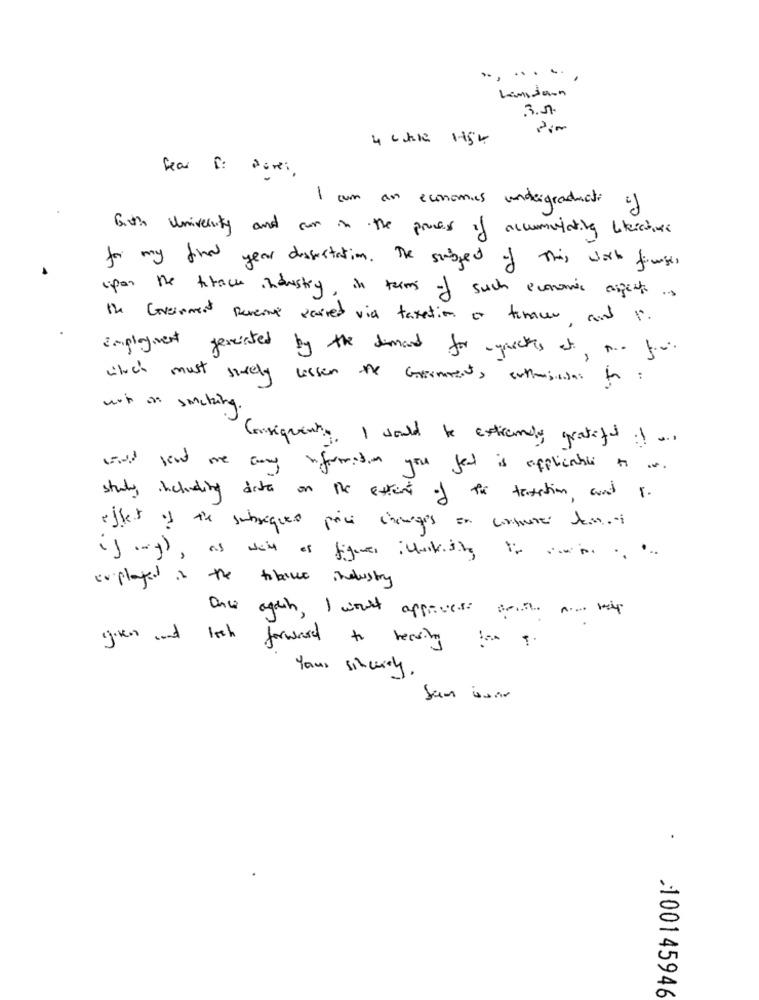
.......
Lamidoon
3.л.
4 chile 1754
fear I: punti
1 com an economies undergraduate
Sith University and can in the proces of accumulating Literatur
for my final.
year dissertation . The subject of This work fourges
pan the track industry, in terms of such economic assets ..
the Greenment Revenue paired via taxation a tenaces and i.
Employment generated by the demand for aspects at. ..
which must surely wissen the Government, entresisans for :
wsh on smoking.
Consignent. I would be extremely grateful if ans
wind few me away information you get is applicable to as.
study, including data on the extent of the taxation, and 8.
effet ; de subriques price changes en communes tem ..
(> (mg), as well as figures icheskisine to ..........
explayed is the tobacco industry
Once again, I was apprices at amy
given and lash
forward to hearing tom ?
Yours sincerely,
San soir
.
100145946